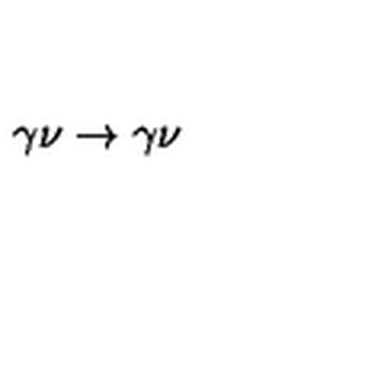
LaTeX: \gamma \nu \rightarrow \gamma \nu \,